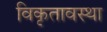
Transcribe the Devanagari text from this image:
विकृतावस्था